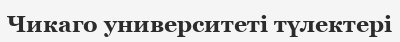
Чикаго университеті түлектері